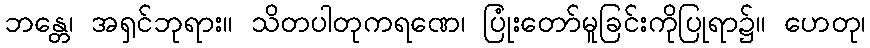
ဘန္တေ၊ အရှင်ဘုရား။ သိတပါတုကရဏေ၊ ပြုံးတော်မူခြင်းကိုပြုရာ၌။ ဟေတု၊